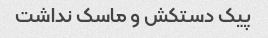
پیک دستکش و ماسک نداشت